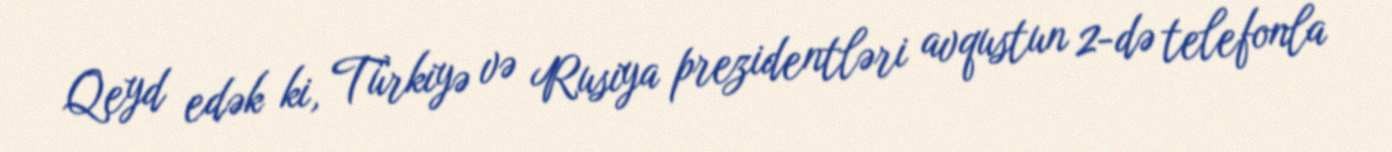
Qeyd edək ki, Türkiyə və Rusiya prezidentləri avqustun 2-də telefonla